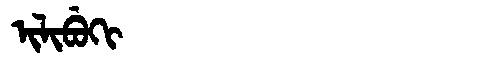
Manchu: ᡳᠯᡳᠪᡠᡴᡳ
Romanization: ILIBUKI